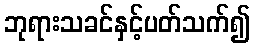
ဘုရားသခင်နှင့်ပတ်သက်၍